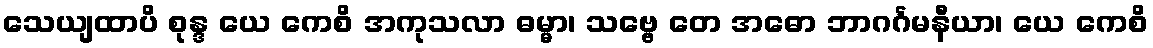
သေယျထာပိ စုန္ဒ ယေ ကေစိ အကုသလာ ဓမ္မာ၊ သဗ္ဗေ တေ အဓော ဘာဂင်္ဂမနီယာ၊ ယေ ကေစိ